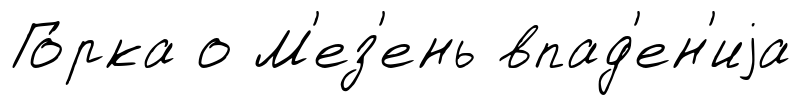
Го́рка о М'ез'ень впад'ен'иjа